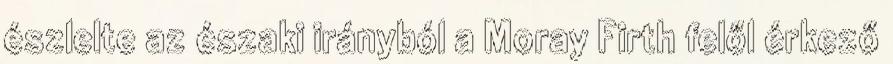
észlelte az északi irányból a Moray Firth felől érkező